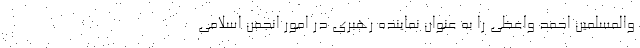
والمسلمین احمد واعظی را به عنوان نماینده رهبری در امور انجمن اسلامی